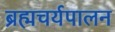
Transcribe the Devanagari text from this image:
ब्रह्मचर्यपालन